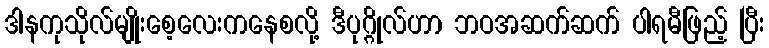
ဒါနကုသိုလ်မျိုးစေ့လေးကနေစလို့ ဒီပုဂ္ဂိုလ်ဟာ ဘဝအဆက်ဆက် ပါရမီဖြည့် ပြီး